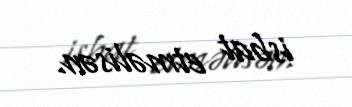
isbat etməlisən.